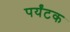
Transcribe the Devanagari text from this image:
पर्यंटक